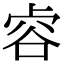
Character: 𧮲